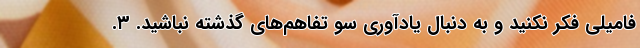
فامیلی فکر نکنید و به دنبال یادآوری سو تفاهم‌های گذشته نباشید. ۳.